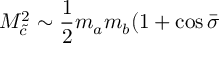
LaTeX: M _ { \tilde { c } } ^ { 2 } \sim \frac { 1 } { 2 } m _ { a } m _ { b } ( 1 + \cos \bar { \sigma }